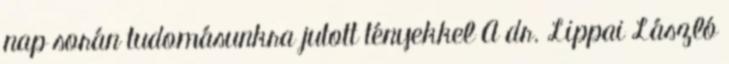
nap során tudomásunkra jutott tényekkel A dr. Lippai László